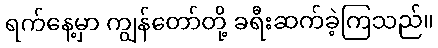
ရက်နေ့မှာ ကျွန်တော်တို့ ခရီးဆက်ခဲ့ကြသည်။